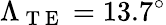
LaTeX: \Lambda_{\mathrm{~T~E~}}=13.7^{\circ}